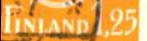
FINLAND1,25